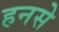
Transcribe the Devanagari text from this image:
हनसे